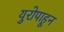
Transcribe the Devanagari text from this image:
युरोपाहून